Civil Veterinary Department Bengal reports 1923-33 - 1923-1933
Year: 1923
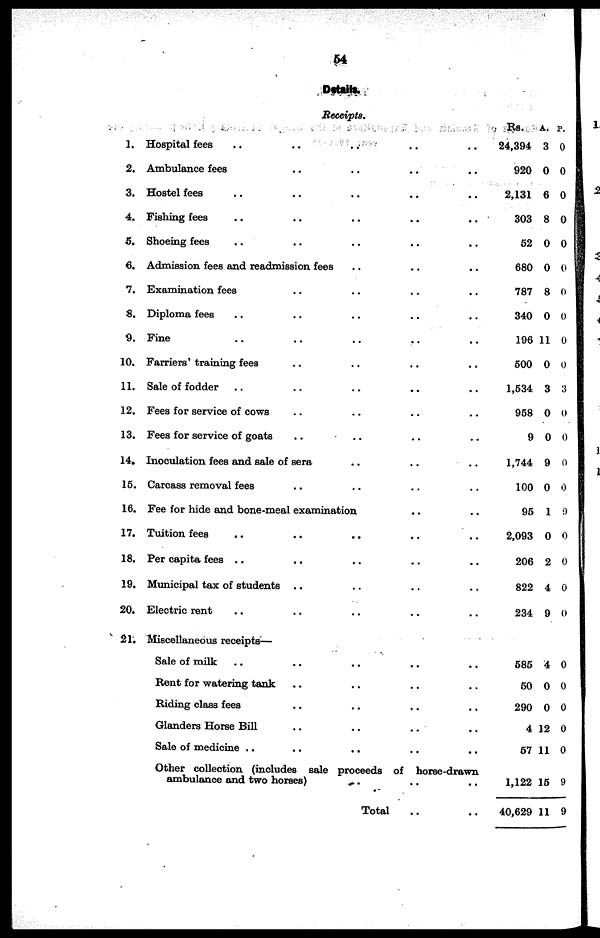
54
Details.
Receipts.
1.
2.
3.
4.
5.
6.
7.
8.
9.
10.
11.
12.
13.
14.
15.
16.
17.
18.
19.
20.
21.
Hospital fees .. .. .. .. ..
Ambulance fees .. .. .. .. ..
Hostel fees .. .. .. .. ..
Fishing fees .. .. .. .. ..
Shoeing fees .. .. .. .. ..
Admission fees and readmission fees .. .. ..
Examination fees .. .. .. .. ..
Diploma fees .. .. .. .. ..
Fine .. .. .. .. ..
Farriers' training fees .. .. .. .. ..
Sale of fodder .. .. .. .. ..
Fees for service of cows .. .. .. .. ..
Fees for service of goats .. .. .. .. ..
Inoculation fees and sale of sera .. .. ..
Carcass removal fees .. .. .. .. ..
Fee for hide and bone-meal examination .. ..
Tuition fees .. .. .. .. ..
Per capita fees .. .. .. .. ..
Municipal tax of students .. .. .. .. ..
Electric rent .. .. .. .. ..
Miscellaneous receipts—
Sale of milk .. .. .. .. ..
Rent for watering tank .. .. .. .. ..
Riding class fees .. .. .. .. ..
Glanders Horse Bill .. .. .. .. ..
Sale of medicine .. .. .. .. ..
Other collection (includes sale proceeds of horse-drawn
ambulance and two horses) .. ..
Total .. ..
Rs.
24,394
920
2,131
303
52
680
787
340
196
500
1,534
958
9
1,744
100
95
2,093
206
822
234
585
50
290
4
57
1,122
40,629
a.
3
0
6
8
0
0
8
0
11
0
3
0
0
9
0
1
0
2
4
9
4
0
0
12
11
15
11
p.
0
0
0
0
0
0
0
0
0
0
3
0
0
0
0
0
0
0
0
0
0
0
0
0
0
9
9